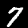
Label: 7